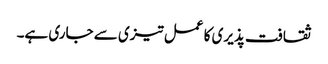
ثقافت پذیری کا عمل تیزی سے جاری ہے۔